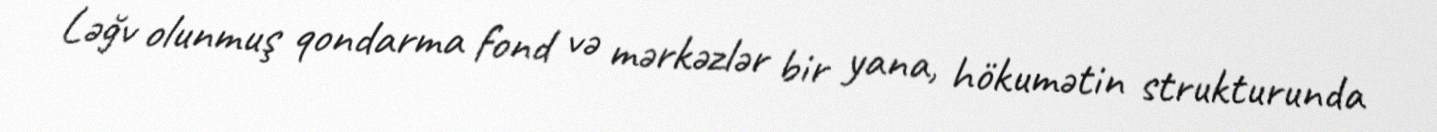
Ləğv olunmuş qondarma fond və mərkəzlər bir yana, hökumətin strukturunda